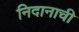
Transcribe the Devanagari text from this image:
निदानाची